Leaving Certificate, 1896
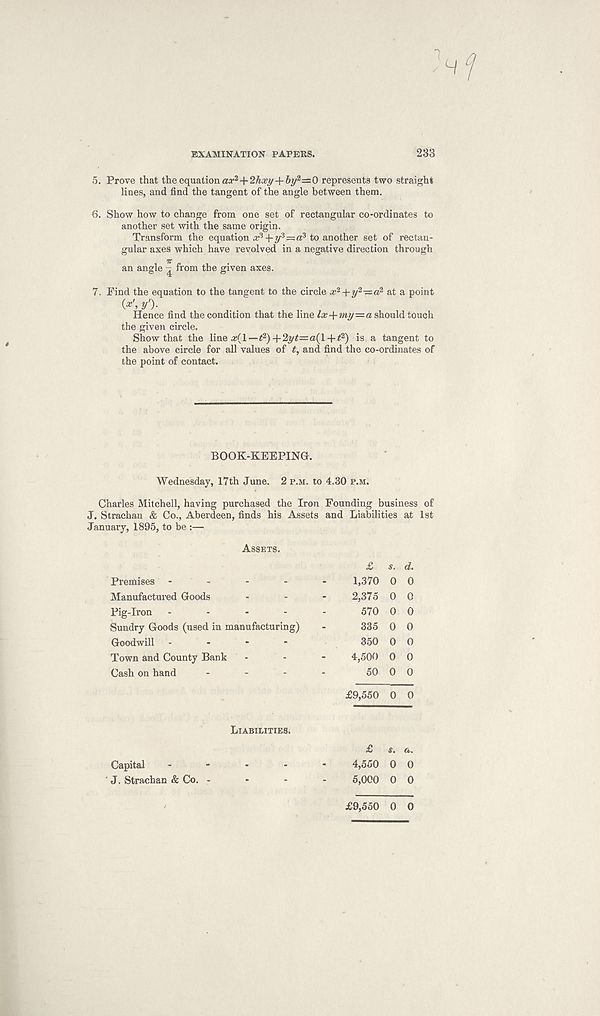
EXAMINATION PAPERS.
233
5. Prove that the equation aa- 2 +2Aa?y+6y 2 =0 represents two straight
lines, and find the tangent of the angle between them.
6. Show how to change from one set of rectangular co-ordinates to
another set with the same origin.
Transform the equation a; 3 +5 ,3 =a 3 to another set of rectan-
gular axes which have revolved in a negative direction through
an angle ~ from the given axes.
7. Find the equation to the tangent to the circle
at a point
(*', y')-
Hence find the condition that the line lx+my=a should touch
the given circle.
Show that the line a?(l—< 2 ) + 2y#=a(l+# 2 ) is a tangent to
the above circle for all values of t, and find the co-ordinates of
the point of contact.
BOOK-KEEPING.
Wednesday, 17th June. 2 p.m. to 4.30 p.m.
Charles Mitchell, having purchased the Iron Founding business of
J. Strachan & Co., Aberdeen, finds his Assets and Liabilities at 1st
January, 1895, to be :—
Assets,
Premises -
Manufactured Goods
Pig-Iron .
-
-
-
Sundry Goods (used in manufacturing)
Goodwill -
Town and County Bank
Cash on hand
£ s. d.
1,370 0 0
2,375 0 0
570 0 0
335 0 0
350 0 0
4,500 0 0
50 0 0
£9,550 0 0
Liabilities.
£ s. a.
Capital
' J. Strachan & Co.
4,550 0 0
5,000 0 0